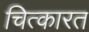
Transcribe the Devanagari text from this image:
चित्कारत